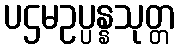
ပဌမဥပ္ပန္နသုတ္တ